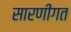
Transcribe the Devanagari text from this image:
सारणीगत